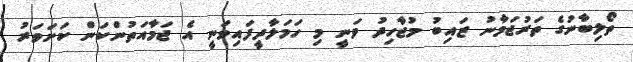
ތޯލިބާނުގެ ތަރުޖަމާނު ޒައިބު މުޖާހިދު ވަނީ މި ހަމަލާދީފައިވަނީ އެ ޖަމާއަތުންކަން ކަށަވަރު